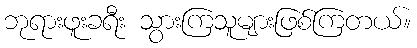
ဘုရားဖူးခရီး သွားကြသူများဖြစ်ကြတယ်။